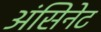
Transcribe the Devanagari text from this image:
अंसिनेट